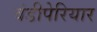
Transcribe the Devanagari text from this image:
वंडीपेरियार